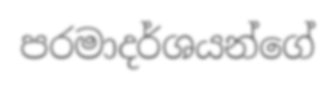
පරමාදර්ශයන්ගේ